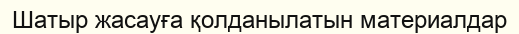
Шатыр жасауға қолданылатын материалдар